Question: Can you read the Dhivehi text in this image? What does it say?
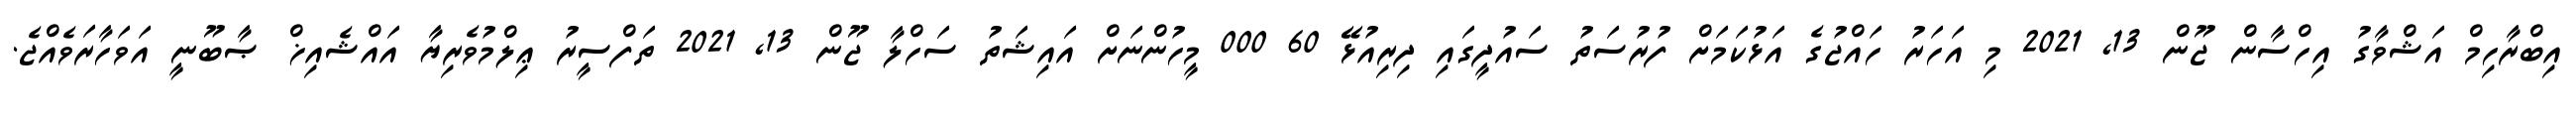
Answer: އިބްރާހިމް އަޝްވާގު އިހްސާން ޖޫން 13, 2021 މި އަހަރު ހައްޖުގެ އަޅުކަމަށް ފުރުސަތު ސައުދީގައި ދިރިއުޅޭ 60 000 މީހުންނަށް އައިޝަތު ސަހްލާ ޖޫން 13, 2021 ތަފްސީރު ޢިލްމުވެރިޔާ އައްޝެއިޚް ޞާބޫނީ އަވަހާރަވެއްޖެ.